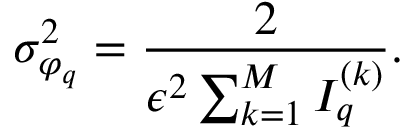
\sigma _ { \varphi _ { q } } ^ { 2 } = \frac { 2 } { \epsilon ^ { 2 } \sum _ { k = 1 } ^ { M } { I } _ { q } ^ { ( k ) } } .